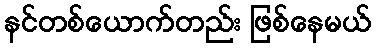
နင်တစ်ယောက်တည်း ဖြစ်နေမယ်